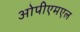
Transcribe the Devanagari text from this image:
ओपीएमएल